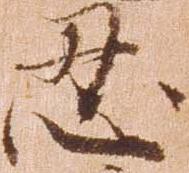
忍